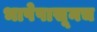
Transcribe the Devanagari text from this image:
भाषेपासूनच